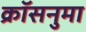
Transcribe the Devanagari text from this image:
क्रॉसनुमा